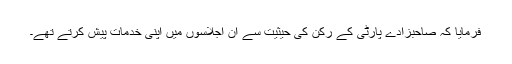
فرمایا کہ صاحبزادے پارٹی کے رکن کی حیثیت سے ان اجلاسوں میں اپنی خدمات پیش کرتے تھے۔